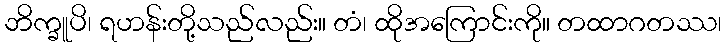
ဘိက္ခူပိ၊ ရဟန်းတို့သည်လည်း။ တံ၊ ထိုအကြောင်းကို။ တထာဂတဿ၊